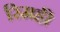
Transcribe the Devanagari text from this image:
रिमही